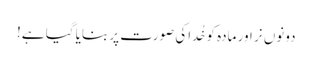
دونوں نر اور مادہ کو خُد اکی صورت پر بنایا گیا ہے!